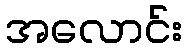
အလောင်း